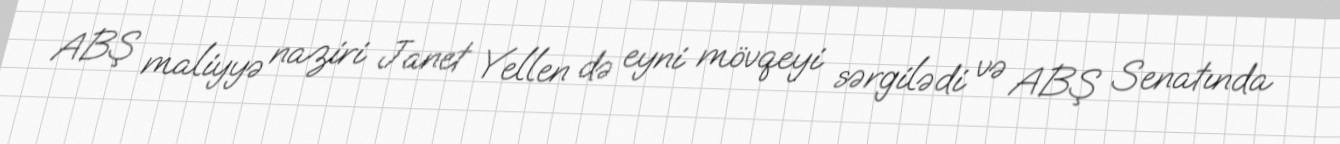
ABŞ maliyyə naziri Janet Yellen də eyni mövqeyi sərgilədi və ABŞ Senatında